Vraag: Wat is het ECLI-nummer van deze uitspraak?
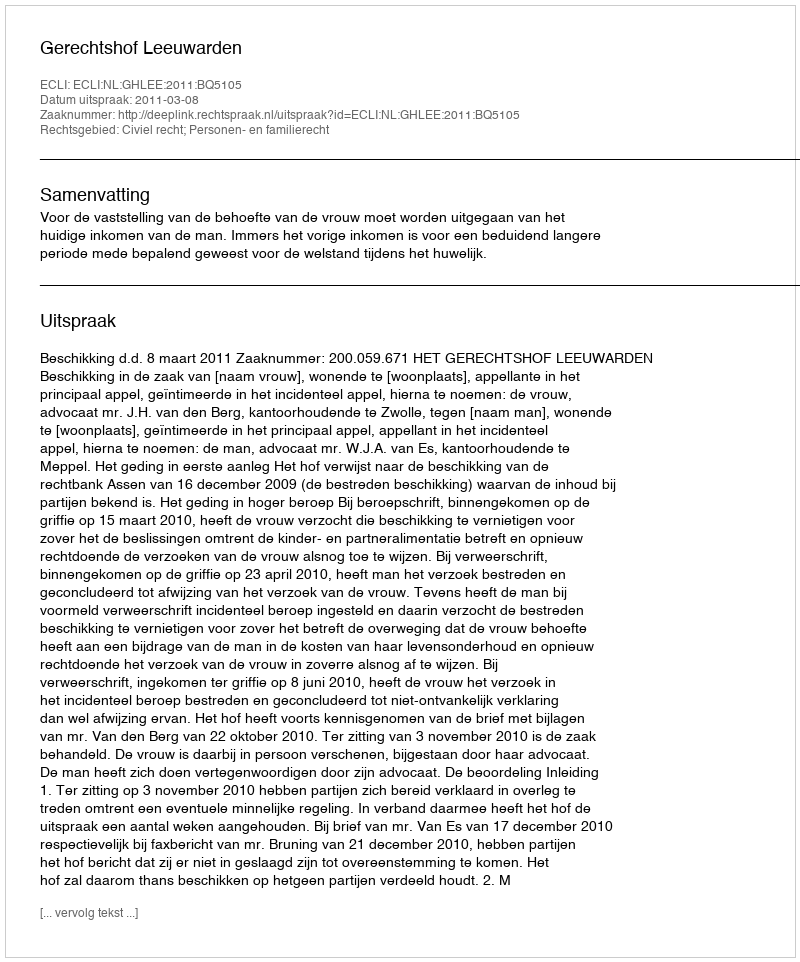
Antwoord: ECLI:NL:GHLEE:2011:BQ5105